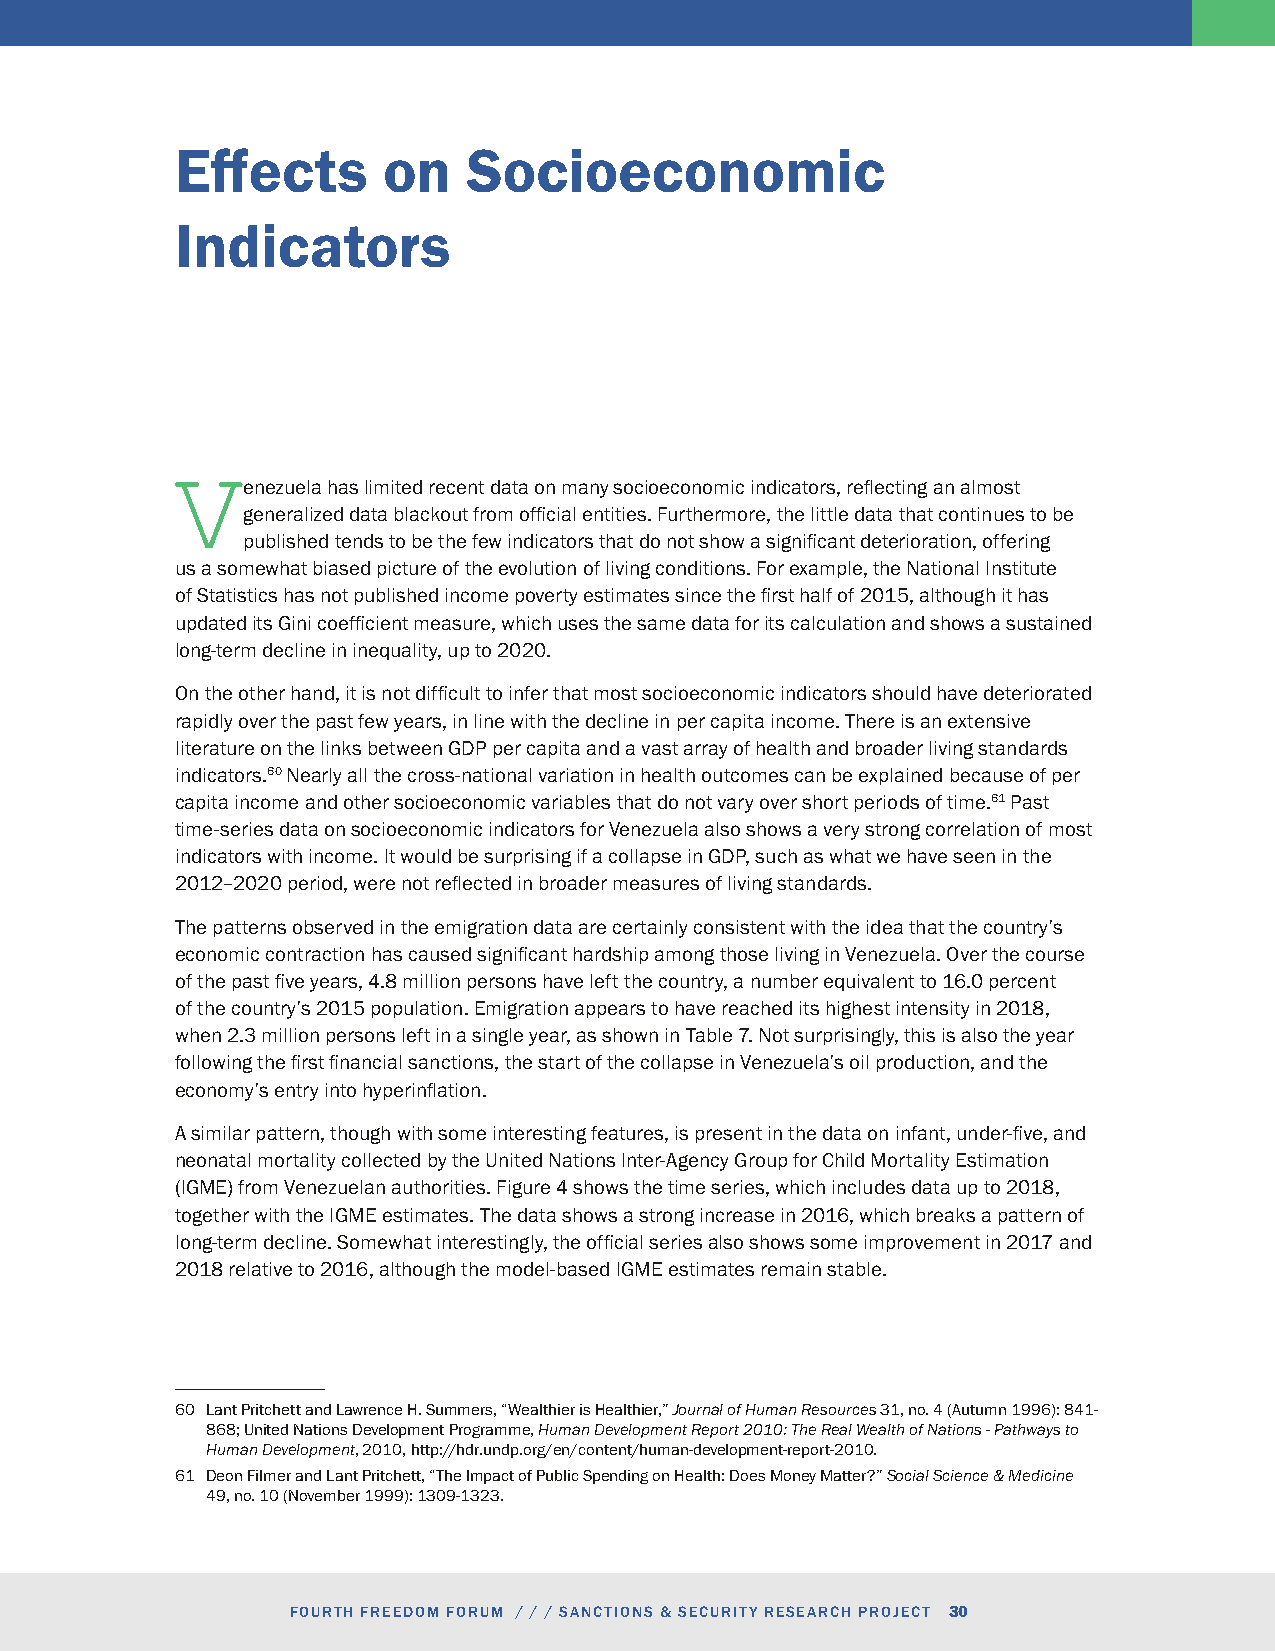
Effects      on    Socioeconomic
 Indicators
 enezuela has limited recent data on many socioeconomic indicators, reflecting an almost
 Vgeneralized data blackout from official entities. Furthermore, the little data that continues to be
 published tends to be the few indicators that do not show a significant deterioration, offering
 us a somewhat biased picture of the evolution of living conditions. For example, the National Institute
 of Statistics has not published income poverty estimates since the first half of 2015, although it has
 updated its Gini coefficient measure, which uses the same data for its calculation and shows a sustained
 long-term decline in inequality, up to 2020.
 On the other hand, it is not difficult to infer that most socioeconomic indicators should have deteriorated
 rapidly over the past few years, in line with the decline in per capita income. There is an extensive
 literature on the links between GDP per capita and a vast array of health and broader living standards
 indicators.60 Nearly all the cross-national variation in health outcomes can be explained because of per
 capita income and other socioeconomic variables that do not vary over short periods of time.61 Past
 time-series data on socioeconomic indicators for Venezuela also shows a very strong correlation of most
 indicators with income. It would be surprising if a collapse in GDP, such as what we have seen in the
 2012–2020 period, were not reflected in broader measures of living standards.
 The patterns observed in the emigration data are certainly consistent with the idea that the country’s
 economic contraction has caused significant hardship among those living in Venezuela. Over the course
 of the past five years, 4.8 million persons have left the country, a number equivalent to 16.0 percent
 of the country’s 2015 population. Emigration appears to have reached its highest intensity in 2018,
 when 2.3 million persons left in a single year, as shown in Table 7. Not surprisingly, this is also the year
 following the first financial sanctions, the start of the collapse in Venezuela’s oil production, and the
 economy’s entry into hyperinflation.
 A similar pattern, though with some interesting features, is present in the data on infant, under-five, and
 neonatal mortality collected by the United Nations Inter-Agency Group for Child Mortality Estimation
 (IGME) from Venezuelan authorities. Figure 4 shows the time series, which includes data up to 2018,
 together with the IGME estimates. The data shows a strong increase in 2016, which breaks a pattern of
 long-term decline. Somewhat interestingly, the official series also shows some improvement in 2017 and
 2018 relative to 2016, although the model-based IGME estimates remain stable.
 60 Lant Pritchett and Lawrence H. Summers, “Wealthier is Healthier,” Journal of Human Resources 31, no. 4 (Autumn 1996): 841-
 868; United Nations Development Programme, Human Development Report 2010: The Real Wealth of Nations - Pathways to
 Human Development, 2010, http://hdr.undp.org/en/content/human-development-report-2010.
 61 Deon Filmer and Lant Pritchett, “The Impact of Public Spending on Health: Does Money Matter?” Social Science & Medicine
 49, no. 10 (November 1999): 1309-1323.
 FOURTH FREEDOM FORUM / / / SANCTIONS & SECURITY RESEARCH PROJECT 30